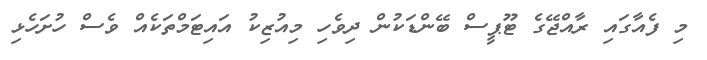
މި ފެއާގައި ރާއްޖޭގެ ޓޫޕީސް ބޭންޑަކުން ދިވެހި މިއުޒިކު އައިޓަމްތަކެއް ވެސް ހުށަހެޅި